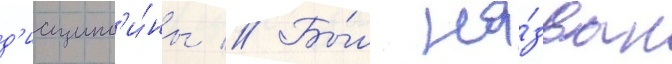
д'исципл'и́ны // Бы́л на́зван